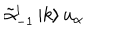
LaTeX: \tilde { \alpha } _ { - 1 } ^ { i } \left| k \right> u _ { \alpha }